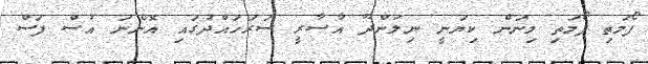
ފޯމަތި ފޯމަތި މިނަން ކިޔަނީ ނިލަންދޫ އާސާރީ ސަރަހައްދުގައި އޮންނަ އުސް ފަސް